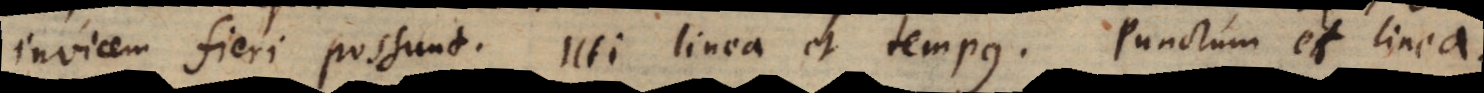
invicem fieri possunt. Uti linea et tempus. Punctum et linea.